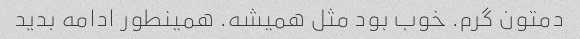
دمتون گرم. خوب بود مثل همیشه. همینطور ادامه بدید